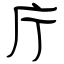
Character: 庁